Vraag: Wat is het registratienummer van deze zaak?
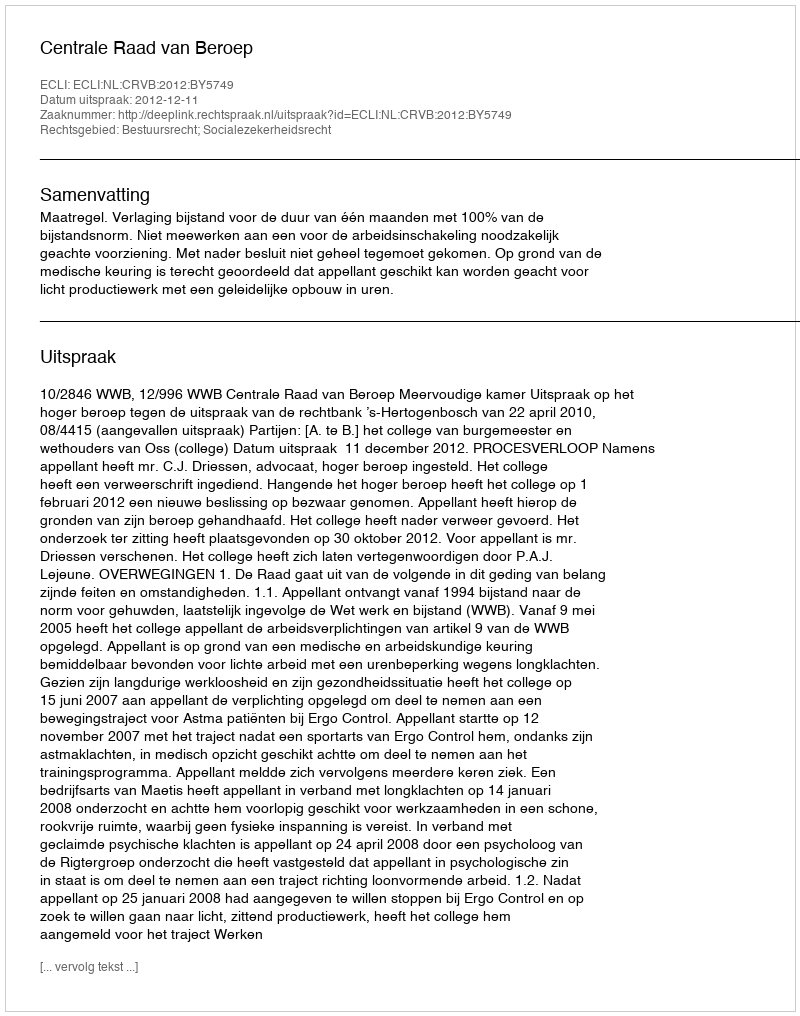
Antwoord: http://deeplink.rechtspraak.nl/uitspraak?id=ECLI:NL:CRVB:2012:BY5749